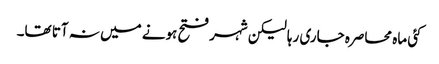
کئی ماہ محاصرہ جاری رہا لیکن شہر فتح ہونے میں نہ آتا تھا۔